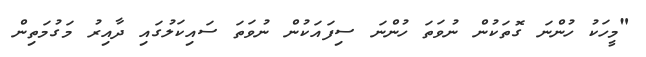
"މީހަކު ހުންނަ ގޮތަކުން ނުވަތަ ހުންނަ ސިފައަކުން ނުވަތަ ސައިކަލުގައި ދާއިރު މަގުމަތިން